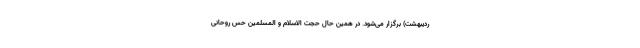
ردیبهشت) برگزار می‌شود. در همین حال حجت الاسلام و المسلمین حس روحانی